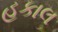
હકાલ